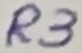
Text: R3